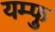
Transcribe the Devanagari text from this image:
यम्फु